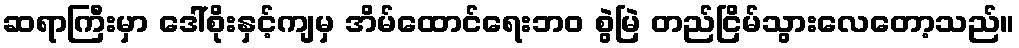
ဆရာကြီးမှာ ဒေါ်စိုးနှင့်ကျမှ အိမ်ထောင်ရေးဘဝ စွဲမြဲ တည်ငြိမ်သွားလေတော့သည်။